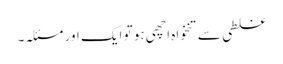
غلطی سے تنخواہ اچھی ہو تو ایک اور مسئلہ۔